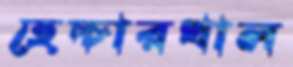
হেচ্চারখাল